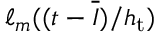
\ell _ { m } ( ( t - \overline { { I } } ) / h _ { \mathrm { t } } )